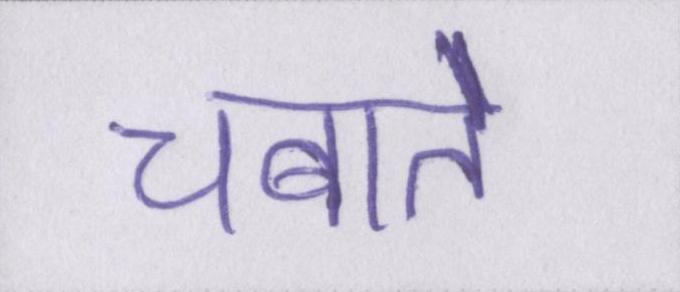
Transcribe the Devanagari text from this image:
चबाते